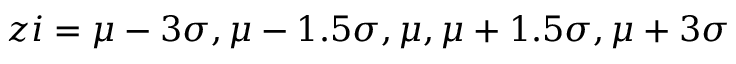
z i = \mu - 3 \sigma , \mu - 1 . 5 \sigma , \mu , \mu + 1 . 5 \sigma , \mu + 3 \sigma